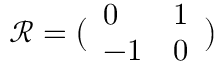
\mathcal { R } = \bigl ( \begin{array} { l l } { 0 } & { 1 } \\ { - 1 } & { 0 } \end{array} \bigr )